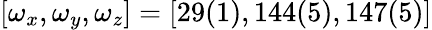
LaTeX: [\omega_{x},\omega_{y},\omega_{z}]=[29(1),144(5),147(5)]